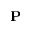
\mathbf { P }